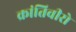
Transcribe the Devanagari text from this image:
क्रांतिवीरो